Leaving Certificate Examination (including Day School Certificate (Higher) General paper), 1939
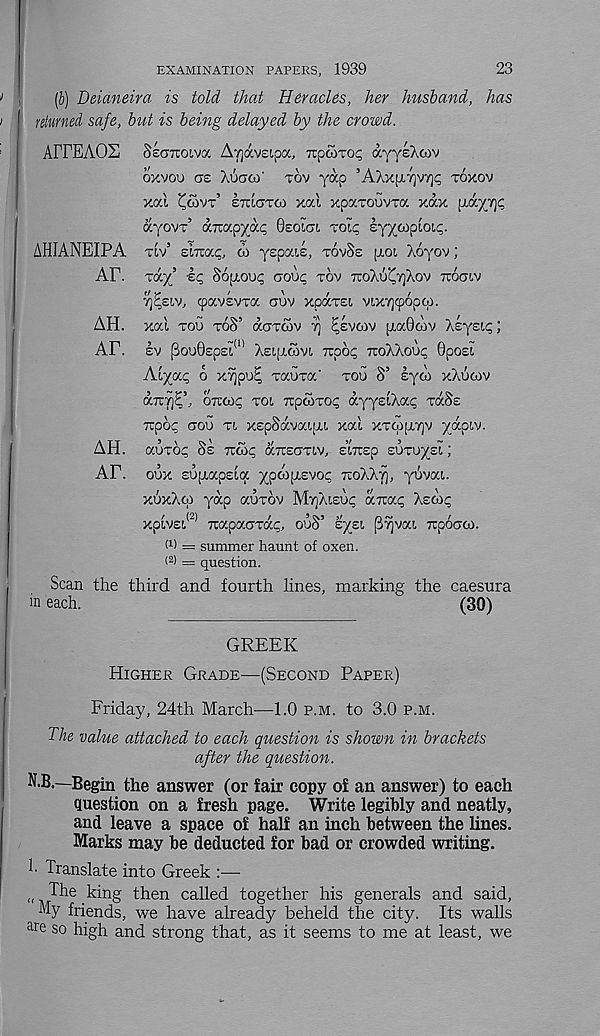
23
EXAMINATION PAPERS, 1939
[b) Deianeira is told that Heracles, her husband, has
safe, but is being delayed by the crowd.
AITEAOS
SEOTTOIVOC ATjavsipa, TTpcoTop ayysAoiv
OXVOO CTE Auaco' TOV yap 5 AAxpi7]V7]ip TOXOV
xal ^SVT’ ETUCTCO xal xpaxouvTa xax [H'/TjC
ayovr’ dirapyap OEOICTL TOII; sy^coptoit;.
TLV’ EiTiac, w yspoaE, TOVSE [J-Ot, Aoyov;
Tay’ £<; S6[xoo<; aou^ TOV TroXo^yXov TTOCTLV
•/j?£LV, cpavsvra oov xpocrEi, vix'/jtpopw.
xal TOU TOS’ daTOov 7] Ekvoiv ixaGoV; Asysip;
EV f3ou0£pEL <1> AEI[JLGVI TTOO^ 7toAXou<; 0po£l
Kiyyc, 6 xypo? rauxa' rou S’ syoi xXotov
any]^3, oncoq TOL Tcpcorot; ayyztXixc, TOSE
Trpoc GOV n XEpSdvaipu xal xTcppLrjv ydpiv.
auxop SE Troop CCTCECTTLV, strap suTuysl;
oux Eupiapsla ypcouiEvoc TCOXXT], yuvai.
xuxXqi yap aurov MyXisup drap Xsoip
xpLVEt, (2) Twpacrrdp, ouS’ E^EI p^vai Tcpocrco.
f 1 ) = summer haunt of oxen.
< 2 > == question.
Scan the third and fourth lines, marking the caesura
in each.
(30)
AHIANEIPA
AE.
AH.
AE.
AH.
AE.
GREEK
HIGHER GRADE—(SECOND PAPER)
Friday, 24th March—1.0 P.M. to 3.0 P.M.
The value attached to each question is shown in brackets
after the question.
N.B.—Begin the answer (or fair copy of an answer) to each
question on a fresh page. Write legibly and neatly,
and leave a space of half an inch between the lines.
Marks may be deducted for bad or crowded writing.
i' Translate into Greek :—
( The king then called together his generals and said,
My friends, we have already beheld the city. Its walls
ar e so high and strong that, as it seems to me at least, we